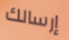
إرسالك